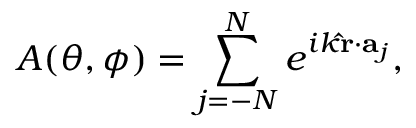
A ( \theta , \phi ) = \sum _ { j = - N } ^ { N } e ^ { i k \mathbf { \hat { r } } \cdot \mathbf { \vec { a } } _ { j } } ,